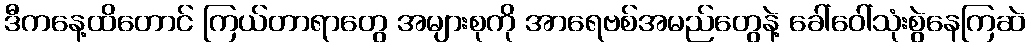
ဒီကနေ့ထိတောင် ကြယ်တာရာတွေ အများစုကို အာရေဗစ်အမည်တွေနဲ့ ခေါ်ဝေါ်သုံးစွဲနေကြဆဲ